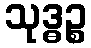
သုဒ္ဓဉ္စ